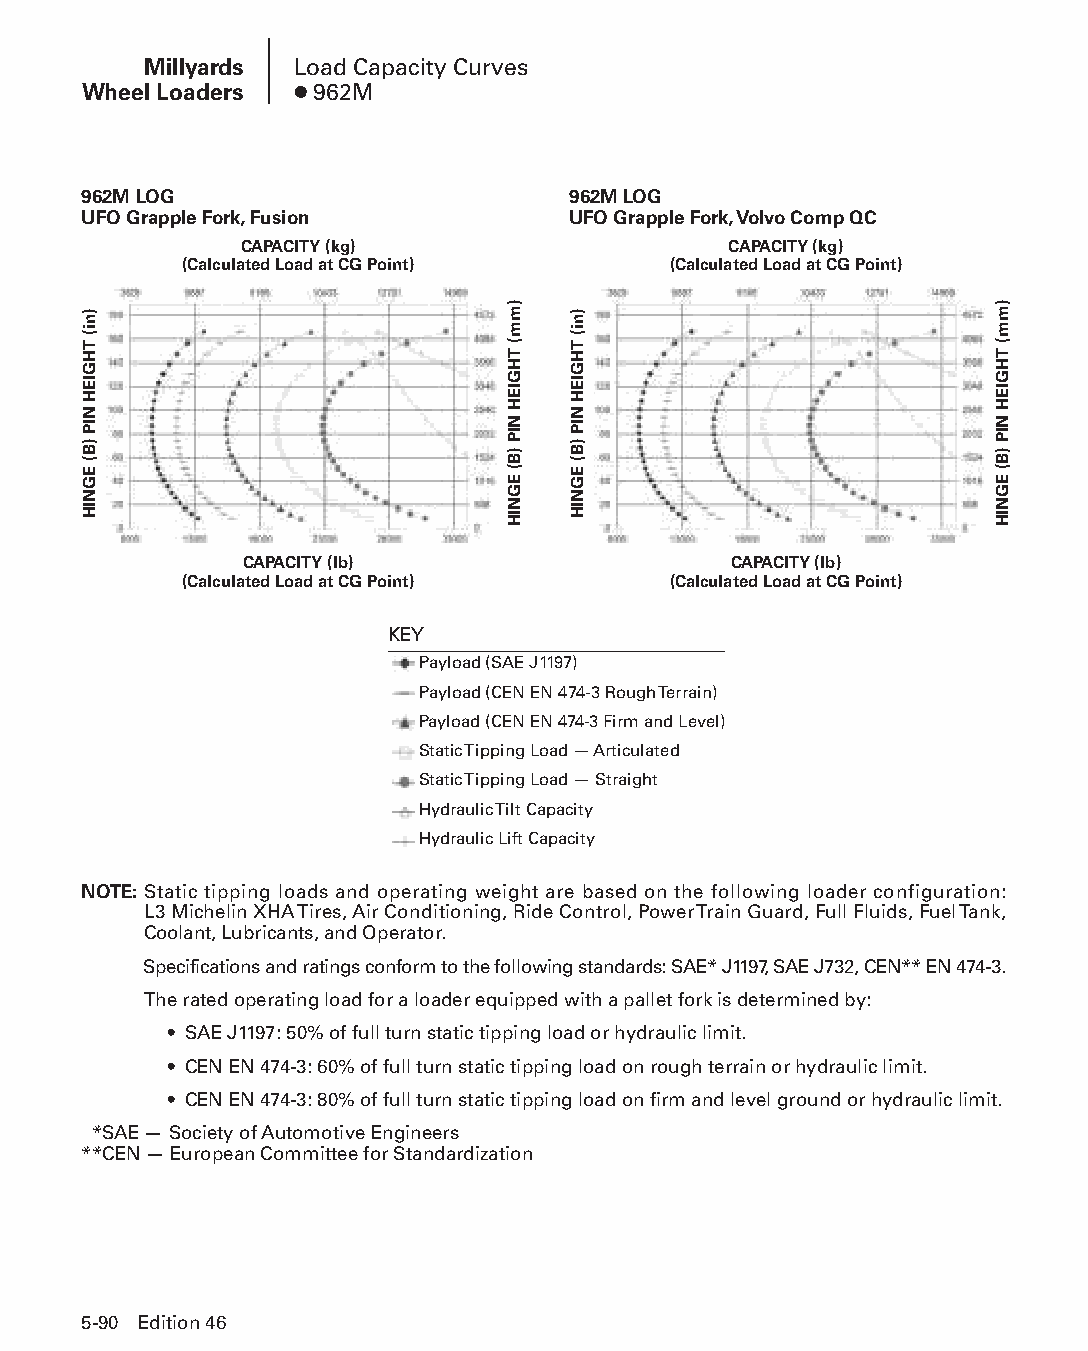
Millyards Load Capacity Curves
 Wheel Loaders ● 962M
 962M LOG                        962M LOG
 UFO Grapple Fork, Fusion        UFO Grapple Fork, Volvo Comp QC
 CAPACITY (kg)                    CAPACITY (kg)
 (Calculated Load at CG Point)    (Calculated Load at CG Point)
 CAPACITY (lb)                    CAPACITY (lb)
 (Calculated Load at CG Point)    (Calculated Load at CG Point)
 KEY
 Payload (SAE J1197)
 Payload (CEN EN 474-3 Rough Terrain)
 Payload (CEN EN 474-3 Firm and Level)
 Static Tipping Load — Articulated
 Static Tipping Load — Straight
 Hydraulic Tilt Capacity
 Hydraulic Lift Capacity
 NOTE: Static tipping loads and operating weight are based on the following loader configuration:
 L3 Michelin XHA Tires, Air Conditioning, Ride Control, Power Train Guard, Full Fluids, Fuel Tank,
 Coolant, Lubricants, and Operator.
 Specifications and ratings conform to the following standards: SAE* J1197, SAE J732, CEN** EN 474-3.
 The rated operating load for a loader equipped with a pallet fork is determined by:
 • S AE J1197: 50% of full turn static tipping load or hydraulic limit.
 • C EN EN 474-3: 60% of full turn static tipping load on rough terrain or hydraulic limit.
 • C EN EN 474-3: 80% of full turn static tipping load on firm and level ground or hydraulic limit.
 *SAE — Society of Automotive Engineers
 **CEN — European Committee for Standardization
 5-90 Edition 46
 PPHHBB--SSeecc0055--1166..iinndddd 9900                        1122//44//1155 22::1188 PPMM
 )ni(
 THGIEH
 NIP
 )B(
 EGNIH
 )mm(
 THGIEH
 NIP
 )B(
 EGNIH
 )ni(
 THGIEH
 NIP
 )B(
 EGNIH
 )mm(
 THGIEH
 NIP
 )B(
 EGNIH